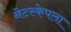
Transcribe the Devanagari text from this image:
नेटस्केपला